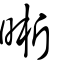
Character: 晰